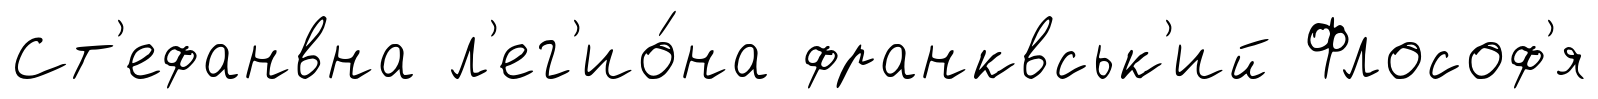
Ст'ефанвна л'ег'ио́на франквськ'ий Флософ'я